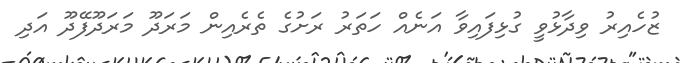
ޒުހެއިރު ވިދާޅުވީ ގުޅިފައިވާ އަނެއް ހަތަރު ރަށުގެ ތެރެއިން މަރަދޫ މަރަދޫފޭދޫ އަދި